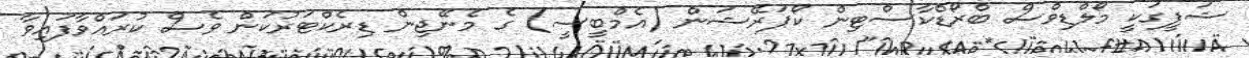
ޝަފީގަކީ މޯލްޑިވްސް ބްރޯޑްކާސްޓިން ކޯޕަރޭޝަން (އެމްބީސީ) ގެ މެނޭޖިން ޑިރެކްޓަރުކަން ވެސް ކުރައްވާފައިވާ